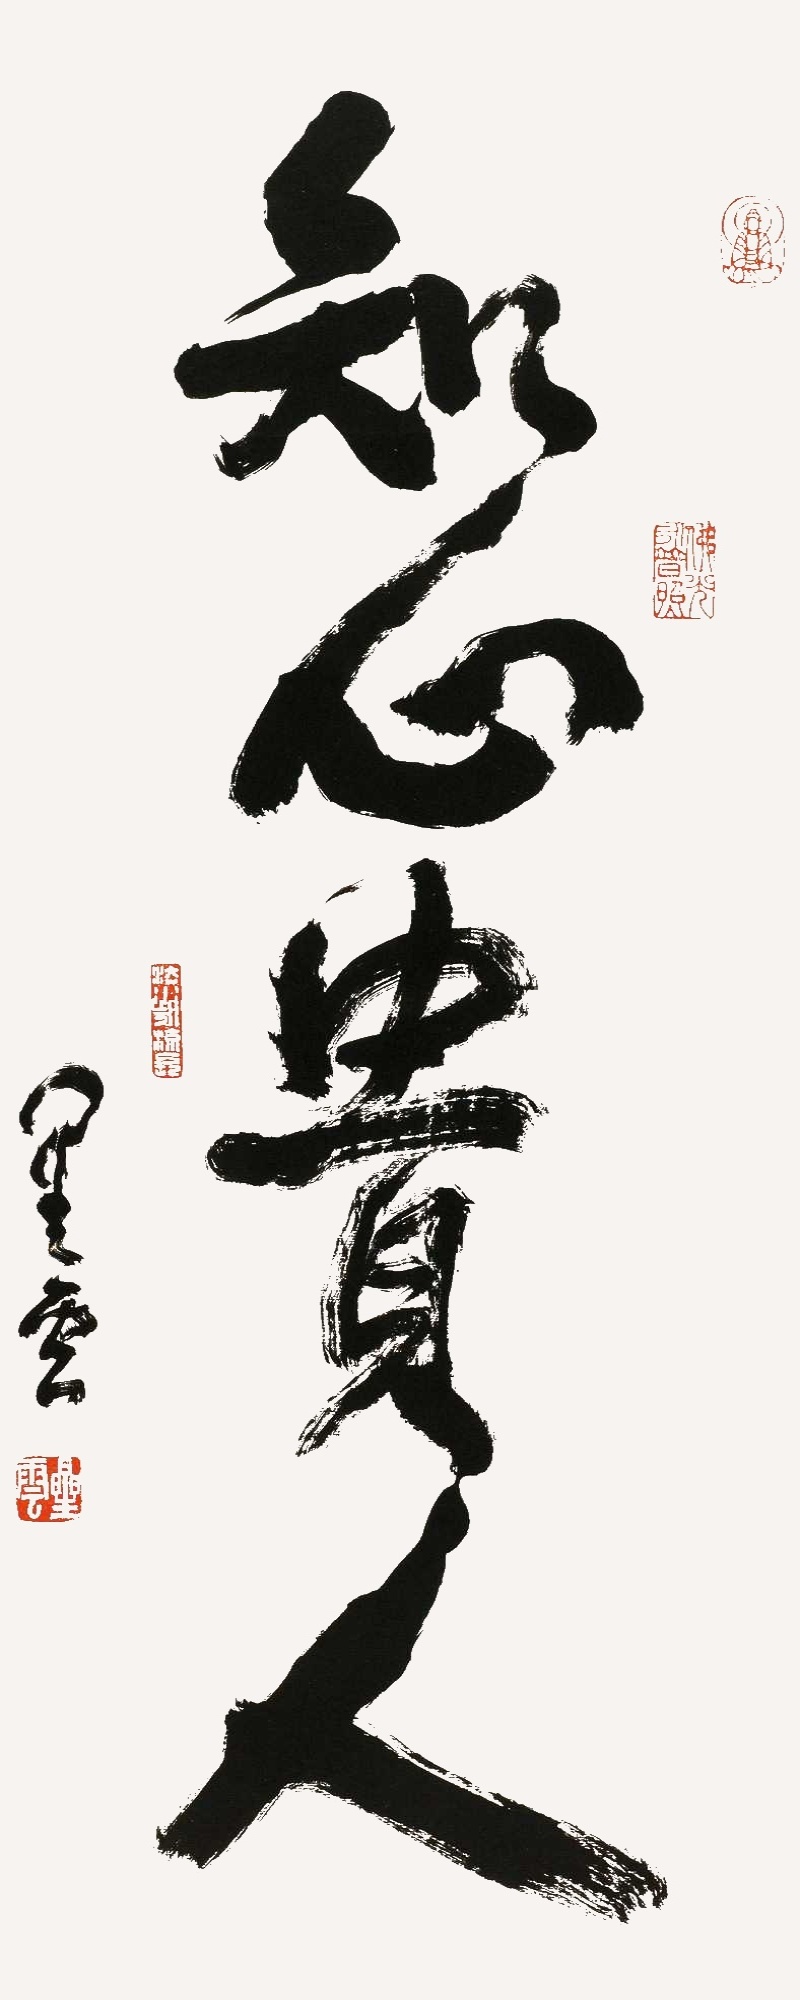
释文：知心贵人，星云。